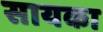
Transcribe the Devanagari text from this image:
सायका